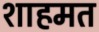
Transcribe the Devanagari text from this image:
शाहमत